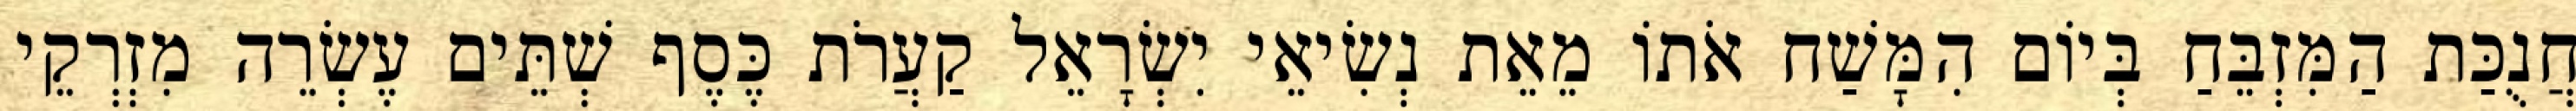
חֲנֻכַּת הַמִּזְבֵּחַ בְּיוֹם הִמָּשַׁח אֹתוֹ מֵאֵת נְשִׂיאֵי יִשְׂרָאֵל קַעֲרֹת כֶּסֶף שְׁתֵּים עֶשְׂרֵה מִזְרְקֵי